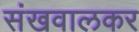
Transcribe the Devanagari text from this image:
संखवालकर